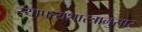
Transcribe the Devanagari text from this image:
स्थापत्यशास्त्रानुसार